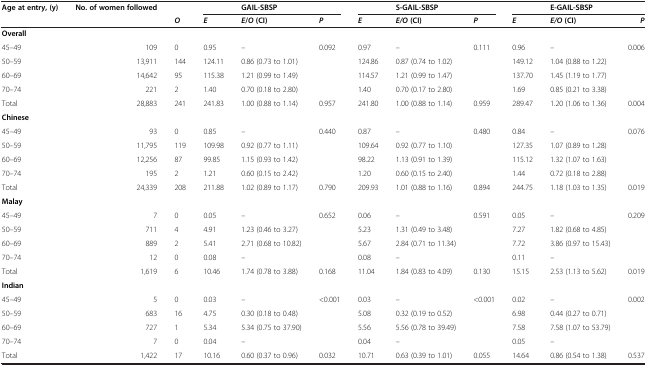
<table><thead><tr><td><b>Age at entry, (y)</b></td><td><b>No. of women followed</b></td><td><b> </b></td><td><b> </b></td><td><b>GAIL-SBSP</b></td><td><b> </b></td><td><b> </b></td><td><b>S-GAIL-SBSP</b></td><td><b> </b></td><td><b> </b></td><td><b>E-GAIL-SBSP</b></td><td><b> </b></td></tr><tr><td><b> </b></td><td><b> </b></td><td><b><i>O</i></b></td><td><b><i>E</i></b></td><td><b><i>E</i>/<i>O </i>(CI)</b></td><td><b><i>P</i></b></td><td><b><i>E</i></b></td><td><b><i>E/O </i>(CI)</b></td><td><b><i>P</i></b></td><td><b><i>E</i></b></td><td><b><i>E/O </i>(CI)</b></td><td><b><i>P</i></b></td></tr></thead><tbody><tr><td><b>Overall</b></td><td> </td><td> </td><td> </td><td> </td><td> </td><td> </td><td> </td><td> </td><td> </td><td> </td><td> </td></tr><tr><td>45–49</td><td>109</td><td>0</td><td>0.95</td><td>–</td><td>0.092</td><td>0.97</td><td>–</td><td>0.111</td><td>0.96</td><td>–</td><td>0.006</td></tr><tr><td>50–59</td><td>13,911</td><td>144</td><td>124.11</td><td>0.86 (0.73 to 1.01)</td><td> </td><td>124.86</td><td>0.87 (0.74 to 1.02)</td><td> </td><td>149.12</td><td>1.04 (0.88 to 1.22)</td><td> </td></tr><tr><td>60–69</td><td>14,642</td><td>95</td><td>115.38</td><td>1.21 (0.99 to 1.49)</td><td> </td><td>114.57</td><td>1.21 (0.99 to 1.47)</td><td> </td><td>137.70</td><td>1.45 (1.19 to 1.77)</td><td> </td></tr><tr><td>70–74</td><td>221</td><td>2</td><td>1.40</td><td>0.70 (0.18 to 2.80)</td><td> </td><td>1.40</td><td>0.70 (0.17 to 2.80)</td><td> </td><td>1.69</td><td>0.85 (0.21 to 3.38)</td><td> </td></tr><tr><td>Total</td><td>28,883</td><td>241</td><td>241.83</td><td>1.00 (0.88 to 1.14)</td><td>0.957</td><td>241.80</td><td>1.00 (0.88 to 1.14)</td><td>0.959</td><td>289.47</td><td>1.20 (1.06 to 1.36)</td><td>0.004</td></tr><tr><td><b>Chinese</b></td><td> </td><td> </td><td> </td><td> </td><td> </td><td> </td><td> </td><td> </td><td> </td><td> </td><td> </td></tr><tr><td>45–49</td><td>93</td><td>0</td><td>0.85</td><td>–</td><td>0.440</td><td>0.87</td><td>–</td><td>0.480</td><td>0.84</td><td>–</td><td>0.076</td></tr><tr><td>50–59</td><td>11,795</td><td>119</td><td>109.98</td><td>0.92 (0.77 to 1.11)</td><td> </td><td>109.64</td><td>0.92 (0.77 to 1.10)</td><td> </td><td>127.35</td><td>1.07 (0.89 to 1.28)</td><td> </td></tr><tr><td>60–69</td><td>12,256</td><td>87</td><td>99.85</td><td>1.15 (0.93 to 1.42)</td><td> </td><td>98.22</td><td>1.13 (0.91 to 1.39)</td><td> </td><td>115.12</td><td>1.32 (1.07 to 1.63)</td><td> </td></tr><tr><td>70–74</td><td>195</td><td>2</td><td>1.21</td><td>0.60 (0.15 to 2.42)</td><td> </td><td>1.20</td><td>0.60 (0.15 to 2.40)</td><td> </td><td>1.44</td><td>0.72 (0.18 to 2.88)</td><td> </td></tr><tr><td>Total</td><td>24,339</td><td>208</td><td>211.88</td><td>1.02 (0.89 to 1.17)</td><td>0.790</td><td>209.93</td><td>1.01 (0.88 to 1.16)</td><td>0.894</td><td>244.75</td><td>1.18 (1.03 to 1.35)</td><td>0.019</td></tr><tr><td><b>Malay</b></td><td> </td><td> </td><td> </td><td> </td><td> </td><td> </td><td> </td><td> </td><td> </td><td> </td><td> </td></tr><tr><td>45–49</td><td>7</td><td>0</td><td>0.05</td><td>–</td><td>0.652</td><td>0.06</td><td>–</td><td>0.591</td><td>0.05</td><td>–</td><td>0.209</td></tr><tr><td>50–59</td><td>711</td><td>4</td><td>4.91</td><td>1.23 (0.46 to 3.27)</td><td> </td><td>5.23</td><td>1.31 (0.49 to 3.48)</td><td> </td><td>7.27</td><td>1.82 (0.68 to 4.85)</td><td> </td></tr><tr><td>60–69</td><td>889</td><td>2</td><td>5.41</td><td>2.71 (0.68 to 10.82)</td><td> </td><td>5.67</td><td>2.84 (0.71 to 11.34)</td><td> </td><td>7.72</td><td>3.86 (0.97 to 15.43)</td><td> </td></tr><tr><td>70–74</td><td>12</td><td>0</td><td>0.08</td><td>–</td><td> </td><td>0.08</td><td>–</td><td> </td><td>0.11</td><td>–</td><td> </td></tr><tr><td>Total</td><td>1,619</td><td>6</td><td>10.46</td><td>1.74 (0.78 to 3.88)</td><td>0.168</td><td>11.04</td><td>1.84 (0.83 to 4.09)</td><td>0.130</td><td>15.15</td><td>2.53 (1.13 to 5.62)</td><td>0.019</td></tr><tr><td><b>Indian</b></td><td> </td><td> </td><td> </td><td> </td><td> </td><td> </td><td> </td><td> </td><td> </td><td> </td><td> </td></tr><tr><td>45–49</td><td>5</td><td>0</td><td>0.03</td><td>–</td><td>&lt;0.001</td><td>0.03</td><td>–</td><td>&lt;0.001</td><td>0.02</td><td>–</td><td>0.002</td></tr><tr><td>50–59</td><td>683</td><td>16</td><td>4.75</td><td>0.30 (0.18 to 0.48)</td><td> </td><td>5.08</td><td>0.32 (0.19 to 0.52)</td><td> </td><td>6.98</td><td>0.44 (0.27 to 0.71)</td><td> </td></tr><tr><td>60–69</td><td>727</td><td>1</td><td>5.34</td><td>5.34 (0.75 to 37.90)</td><td> </td><td>5.56</td><td>5.56 (0.78 to 39.49)</td><td> </td><td>7.58</td><td>7.58 (1.07 to 53.79)</td><td> </td></tr><tr><td>70–74</td><td>7</td><td>0</td><td>0.04</td><td>–</td><td> </td><td>0.04</td><td>–</td><td> </td><td>0.05</td><td>–</td><td> </td></tr><tr><td>Total</td><td>1,422</td><td>17</td><td>10.16</td><td>0.60 (0.37 to 0.96)</td><td>0.032</td><td>10.71</td><td>0.63 (0.39 to 1.01)</td><td>0.055</td><td>14.64</td><td>0.86 (0.54 to 1.38)</td><td>0.537</td></tr></tbody></table>